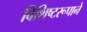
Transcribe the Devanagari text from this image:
विशिष्टरूपाने